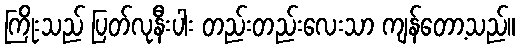
ကြိုးသည် ပြတ်လုနီးပါး တည်းတည်းလေးသာ ကျန်တော့သည်။